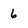
Character: 6